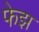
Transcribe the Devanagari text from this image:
फेझ